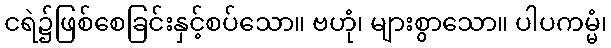
ငရဲ၌ဖြစ်စေခြင်းနှင့်စပ်သော။ ဗဟုံ၊ များစွာသော။ ပါပကမ္မံ၊